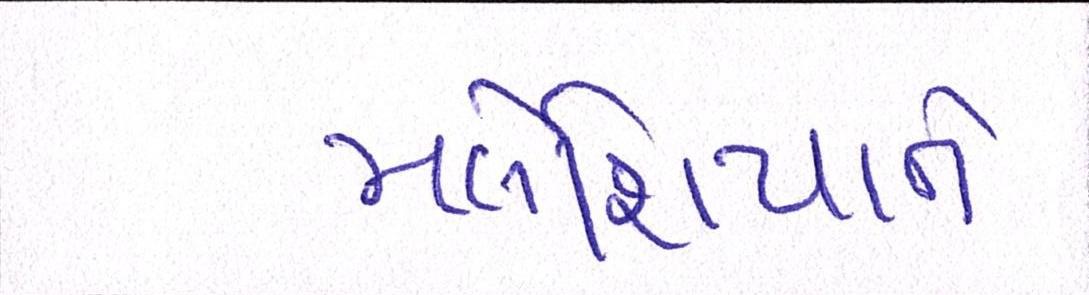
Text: મલેશિયાને